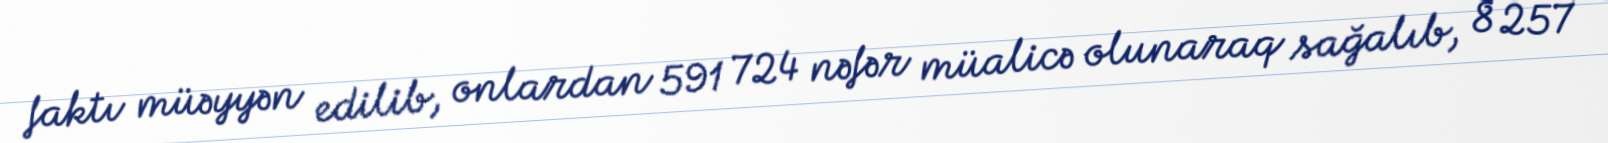
faktı müəyyən edilib, onlardan 591 724 nəfər müalicə olunaraq sağalıb, 8 257